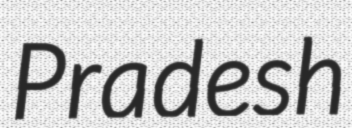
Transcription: Pradesh